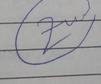
Signature authenticity: genuine